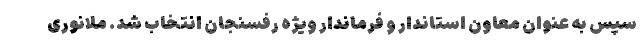
سپس به عنوان معاون استاندار و فرماندار ویژه رفسنجان انتخاب شد. ملانوری